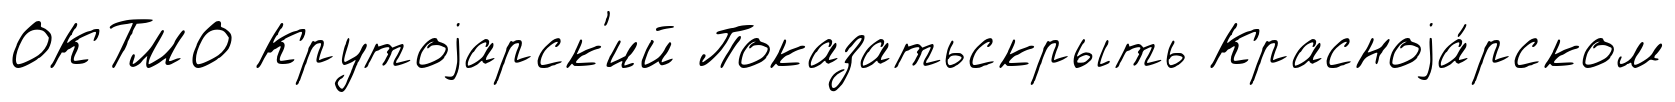
ОКТМО Крутоjарск'ий Показатьскрыть Красноjа́рском